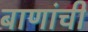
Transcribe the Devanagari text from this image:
बाणांची